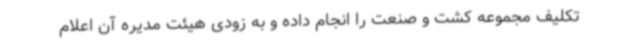
تکلیف مجموعه کشت و صنعت را انجام داده و به زودی هیئت مدیره آن اعلام